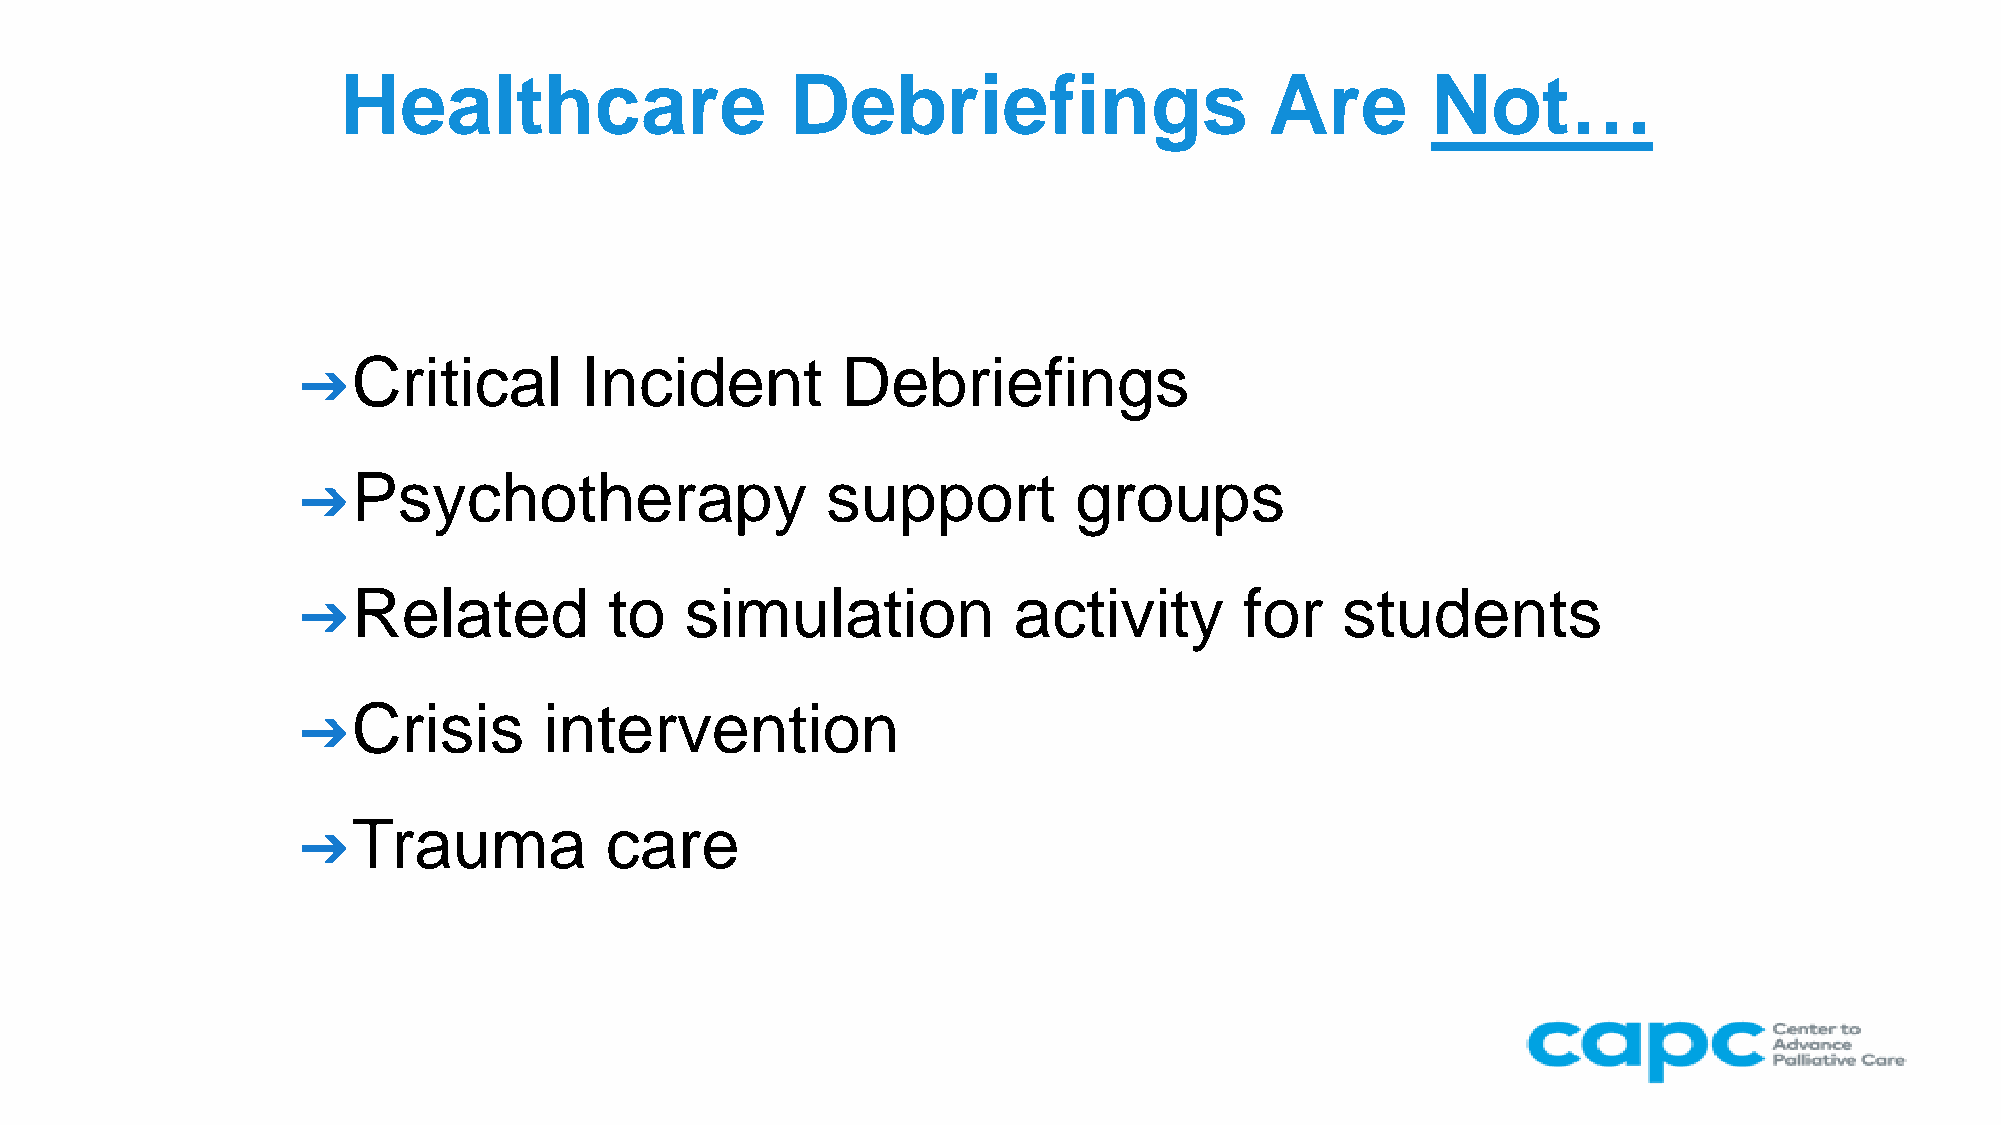
Healthcare                   Debriefings                     Are        Not…
 Critical       Incident          Debriefings
 ➔
 Psychotherapy                   support         groups
 ➔
 Related          to   simulation            activity       for    students
 ➔
 Crisis       intervention
 ➔
 Trauma           care
 ➔